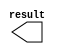
// megafunction wizard: %LPM_CONSTANT%VBB%
// GENERATION: STANDARD
// VERSION: WM1.0
// MODULE: lpm_constant 

// ============================================================
// Megafunction Name(s):
// 			lpm_constant
// ============================================================
// ************************************************************
// THIS IS A WIZARD-GENERATED FILE. DO NOT EDIT THIS FILE!
//
// 6.0 Build 202 06/20/2006 SP 1 SJ Web Edition
// ************************************************************

//Copyright (C) 1991-2006 Altera Corporation
//Your use of Altera Corporation's design tools, logic functions 
//and other software and tools, and its AMPP partner logic 
//functions, and any output files any of the foregoing 
//(including device programming or simulation files), and any 
//associated documentation or information are expressly subject 
//to the terms and conditions of the Altera Program License 
//Subscription Agreement, Altera MegaCore Function License 
//Agreement, or other applicable license agreement, including, 
//without limitation, that your use is for the sole purpose of 
//programming logic devices manufactured by Altera and sold by 
//Altera or its authorized distributors.  Please refer to the 
//applicable agreement for further details.

module lpm_constant2 (
	result);

	output	[2:0]  result;

endmodule

// ============================================================
// CNX file retrieval info
// ============================================================
// Retrieval info: PRIVATE: JTAG_ENABLED NUMERIC "0"
// Retrieval info: PRIVATE: JTAG_ID STRING "NONE"
// Retrieval info: PRIVATE: Radix NUMERIC "10"
// Retrieval info: PRIVATE: Value NUMERIC "1"
// Retrieval info: PRIVATE: nBit NUMERIC "3"
// Retrieval info: CONSTANT: LPM_CVALUE NUMERIC "1"
// Retrieval info: CONSTANT: LPM_HINT STRING "ENABLE_RUNTIME_MOD=NO"
// Retrieval info: CONSTANT: LPM_TYPE STRING "LPM_CONSTANT"
// Retrieval info: CONSTANT: LPM_WIDTH NUMERIC "3"
// Retrieval info: USED_PORT: result 0 0 3 0 OUTPUT NODEFVAL result[2..0]
// Retrieval info: CONNECT: result 0 0 3 0 @result 0 0 3 0
// Retrieval info: LIBRARY: lpm lpm.lpm_components.all
// Retrieval info: GEN_FILE: TYPE_NORMAL lpm_constant2.v TRUE
// Retrieval info: GEN_FILE: TYPE_NORMAL lpm_constant2.inc FALSE
// Retrieval info: GEN_FILE: TYPE_NORMAL lpm_constant2.cmp FALSE
// Retrieval info: GEN_FILE: TYPE_NORMAL lpm_constant2.bsf TRUE FALSE
// Retrieval info: GEN_FILE: TYPE_NORMAL lpm_constant2_inst.v FALSE
// Retrieval info: GEN_FILE: TYPE_NORMAL lpm_constant2_bb.v TRUE